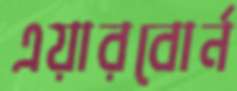
এয়ারবোর্ন